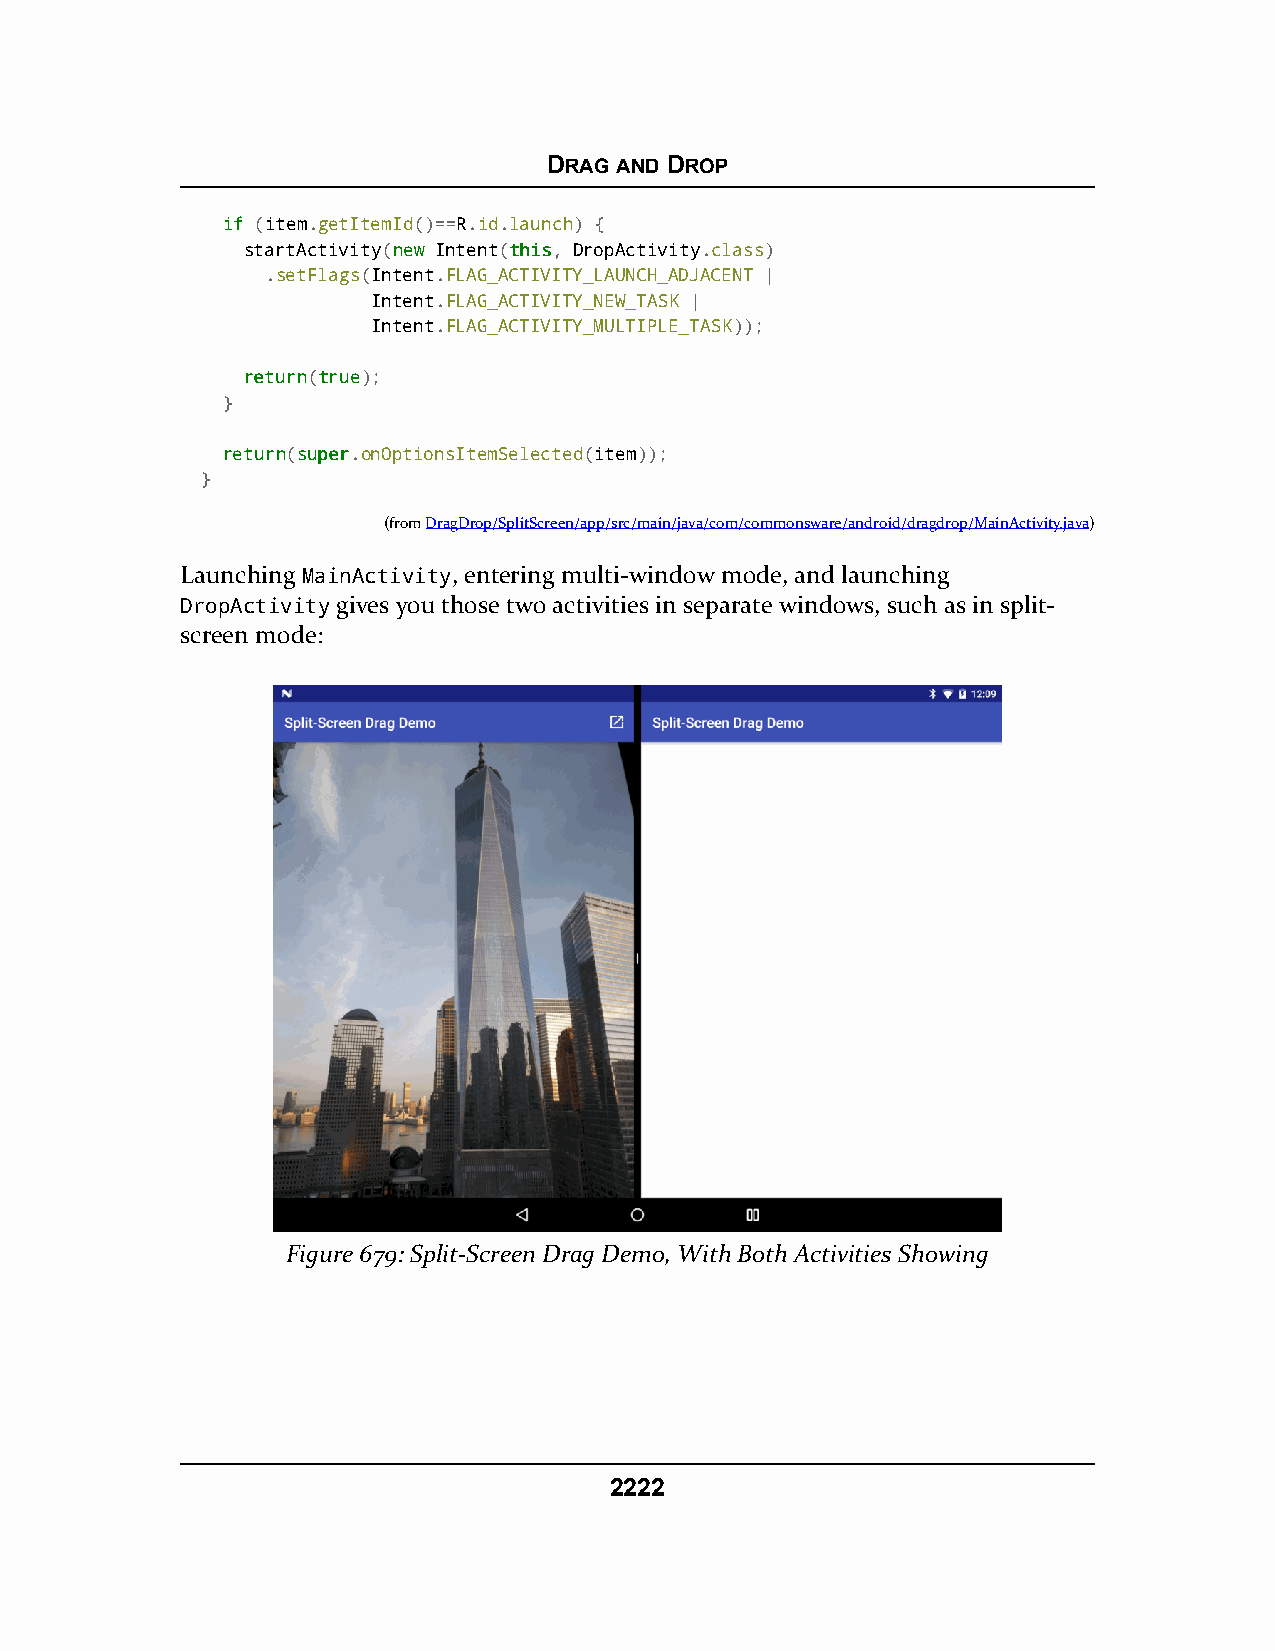
DRAG AND DROP
 iiff (item.getItemId()==R.id.launch) {
 startActivity(nneeww Intent(tthhiiss, DropActivity.class)
 .setFlags(Intent.FLAG_ACTIVITY_LAUNCH_ADJACENT |
 Intent.FLAG_ACTIVITY_NEW_TASK |
 Intent.FLAG_ACTIVITY_MULTIPLE_TASK));
 rreettuurrnn(ttrruuee);
 }
 rreettuurrnn(ssuuppeerr.onOptionsItemSelected(item));
 }
 (fromDragDrop/SplitScreen/app/src/main/java/com/commonsware/android/dragdrop/MainActivity.java)
 Launching MainActivity, entering multi-window mode, and launching
 DropActivity gives you those two activities in separate windows, such as in split-
 screen mode:
 Figure 679: Split-Screen Drag Demo, With Both Activities Showing
 2222